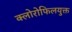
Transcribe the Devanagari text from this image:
क्लोरोफिलयुक्त